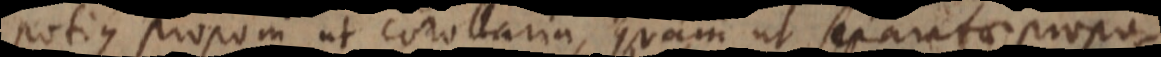
potius proponi ut corollaria, quam ut separatae propos